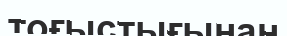
тоғыстығынан